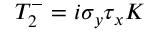
T _ { 2 } ^ { - } = i \sigma _ { y } \tau _ { x } K